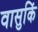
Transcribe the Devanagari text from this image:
वासुकिं